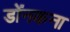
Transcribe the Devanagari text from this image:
डोंनकना